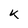
Character: K